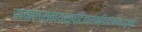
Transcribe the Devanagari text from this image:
सकलसमयसृष्टिस्सच्चिदानन्ददृष्टिः